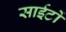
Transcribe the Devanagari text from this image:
साईटों